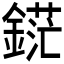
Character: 𲇗